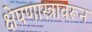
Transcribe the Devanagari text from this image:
क्षेपणास्त्रावरून